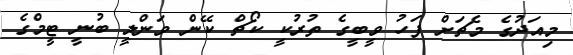
މިއަދުގެ މެޗަށް ފަހު ވީބީގެ ތުރުކީ ކޯޗް ކޭން ވަންލީ ބުނީ ޓީމްގެ